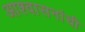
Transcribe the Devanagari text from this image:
आश्वासनांची